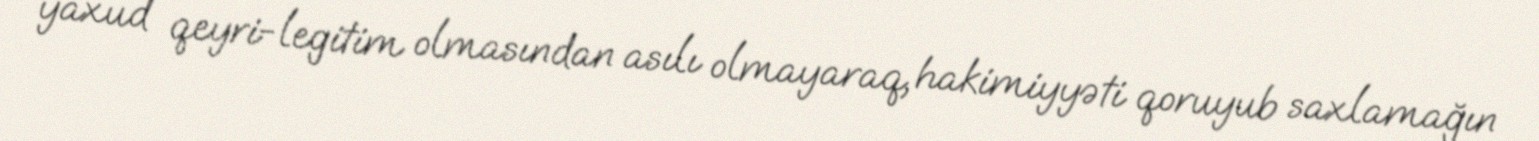
yaxud qeyri-legitim olmasından asılı olmayaraq, hakimiyyəti qoruyub saxlamağın